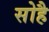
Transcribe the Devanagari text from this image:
सोहै